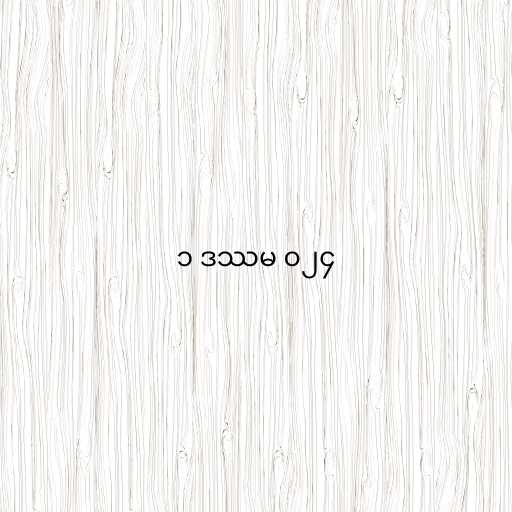
၁ ဒဿမ ၀၂၄